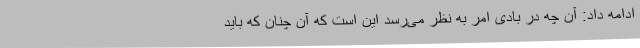
ادامه داد: آن چه در بادی امر به نظر می‌رسد این است که آن چنان که باید